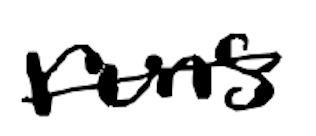
Text: runs
Cross-out: single-line
Writing tool: digital_black